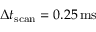
\Delta t _ { \mathrm { s c a n } } = 0 . 2 5 \operatorname { m s }